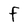
Character: F